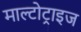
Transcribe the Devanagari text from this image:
माल्टोट्राइज